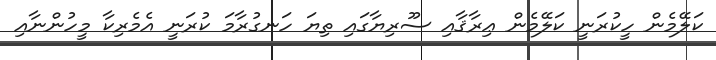
ކަލޭމެން ހީކުރަނީ ކަލޭމެން ޢިރާޤާއި ސޫރިޔާގައި ތިޔަ ހަނގުރާމަ ކުރަނީ އެމެރިކާ މީހުންނާއި